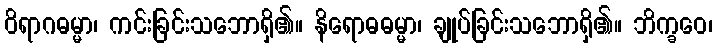
ဝိရာဂဓမ္မာ၊ ကင်းခြင်းသဘောရှိ၏။ နိရောဓဓမ္မာ၊ ချုပ်ခြင်းသဘောရှိ၏။ ဘိက္ခဝေ၊